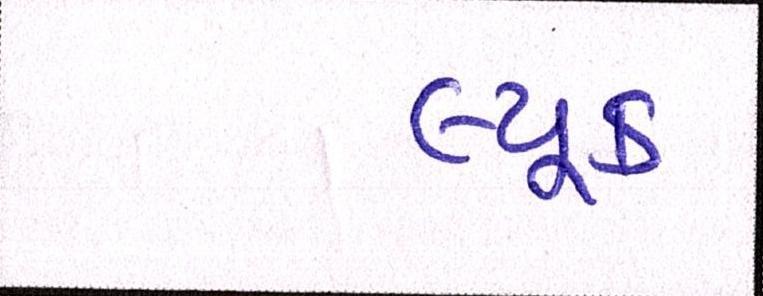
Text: લ્યૂક